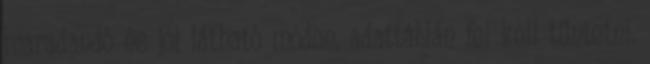
maradandó és jól látható módon, adattáblán fel kell tüntetni.